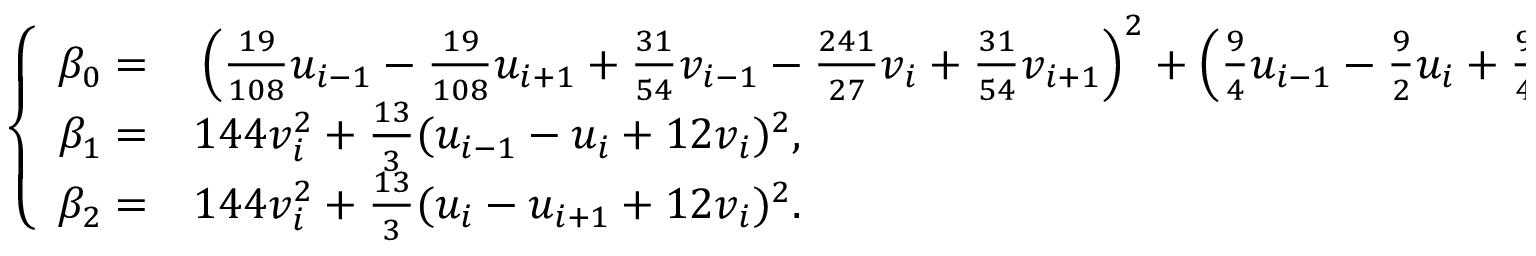
\begin{array} { r } { \left\{ \begin{array} { r l } { \beta _ { 0 } = } & { { } \left( \frac { 1 9 } { 1 0 8 } { u } _ { i - 1 } - \frac { 1 9 } { 1 0 8 } { u } _ { i + 1 } + \frac { 3 1 } { 5 4 } { v } _ { i - 1 } - \frac { 2 4 1 } { 2 7 } { v } _ { i } + \frac { 3 1 } { 5 4 } { v } _ { i + 1 } \right) ^ { 2 } + \left( \frac { 9 } { 4 } { u } _ { i - 1 } - \frac { 9 } { 2 } { u } _ { i } + \frac { 9 } { 4 } { u } _ { i + 1 } + \right. } \\ { \beta _ { 1 } = } & { { } 1 4 4 v _ { i } ^ { 2 } + \frac { 1 3 } { 3 } ( u _ { i - 1 } - u _ { i } + 1 2 v _ { i } ) ^ { 2 } , } \\ { \beta _ { 2 } = } & { { } 1 4 4 v _ { i } ^ { 2 } + \frac { 1 3 } { 3 } ( u _ { i } - u _ { i + 1 } + 1 2 v _ { i } ) ^ { 2 } . } \end{array} \right. } \end{array}